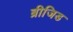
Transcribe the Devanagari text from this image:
ब्रीजिड